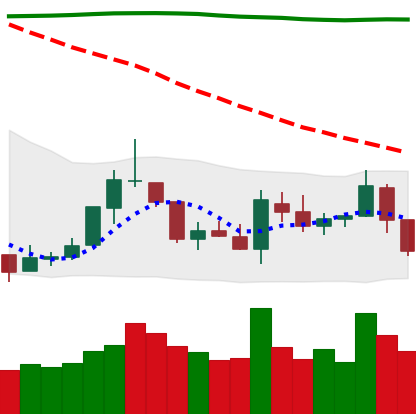
Ticker: TRX-USD
Chart end date: 2018-07-31
Forward return: -10.602%
Label: down_7plus